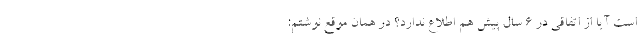
است آیا از اتفاقی در 6 سال پیش هم اطلاع ندارد؟ در همان موقع نوشتم: